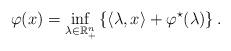
LaTeX: \begin{align*}\varphi(x) = \inf_{\lambda \in \mathbb{R}^n_+ } \left\{ \langle \lambda, x \rangle + \varphi^\star(\lambda) \right \}.\end{align*}